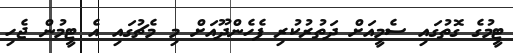
ޓީމުގެ ގޮތުގައި ސެމީއަށް ދަތުރުކުރި ފެހެންދޫއަށް މި މެޗުގައި އެ ޓީމުން ޖެހި